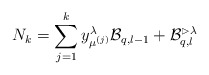
\begin{align*} N_k=\sum_{j=1}^ky_{\mu^{(j)}}^\lambda \mathcal B_{q,l-1} + \mathcal B_{q,l}^{\rhd\lambda}\end{align*}